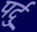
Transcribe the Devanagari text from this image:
पर्दु